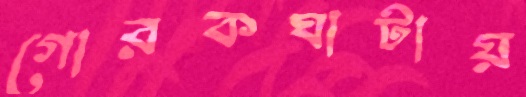
গোরকঘাটায়